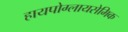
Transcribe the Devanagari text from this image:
हायपोग्लायसेमिक